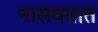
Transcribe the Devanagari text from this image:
नासवतात